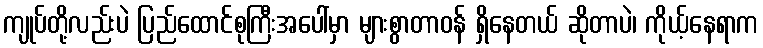
ကျုပ်တို့လည်းပဲ ပြည်ထောင်စုကြီးအပေါ်မှာ များစွာတာဝန် ရှိနေတယ် ဆိုတာပဲ၊ ကိုယ့်နေရာက